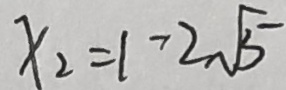
x _ { 2 } = 1 - 2 \sqrt { 5 }